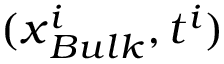
( \boldsymbol { x } _ { B u l k } ^ { i } , t ^ { i } )